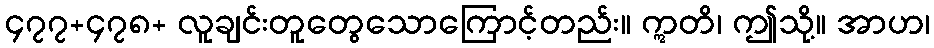
၄၇၇+၄၇၈+ လူချင်းတူတွေသောကြောင့်တည်း။ ဣတိ၊ ဤသို့။ အာဟ၊